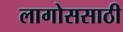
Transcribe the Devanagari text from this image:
लागोससाठी